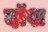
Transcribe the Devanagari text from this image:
दॉश